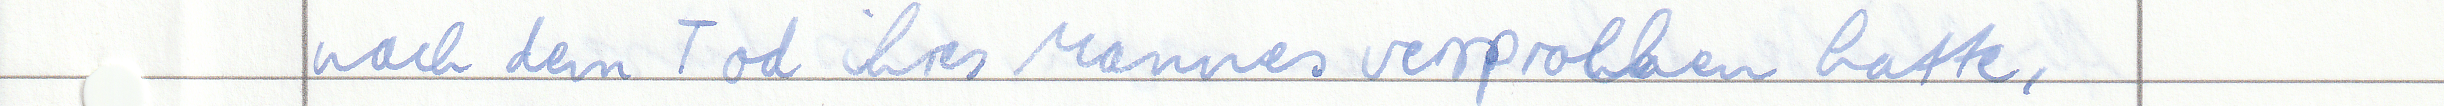
nach dem Tod ihres Mannes versprochen hatte,